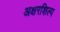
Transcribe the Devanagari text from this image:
अक्षरशिल्प